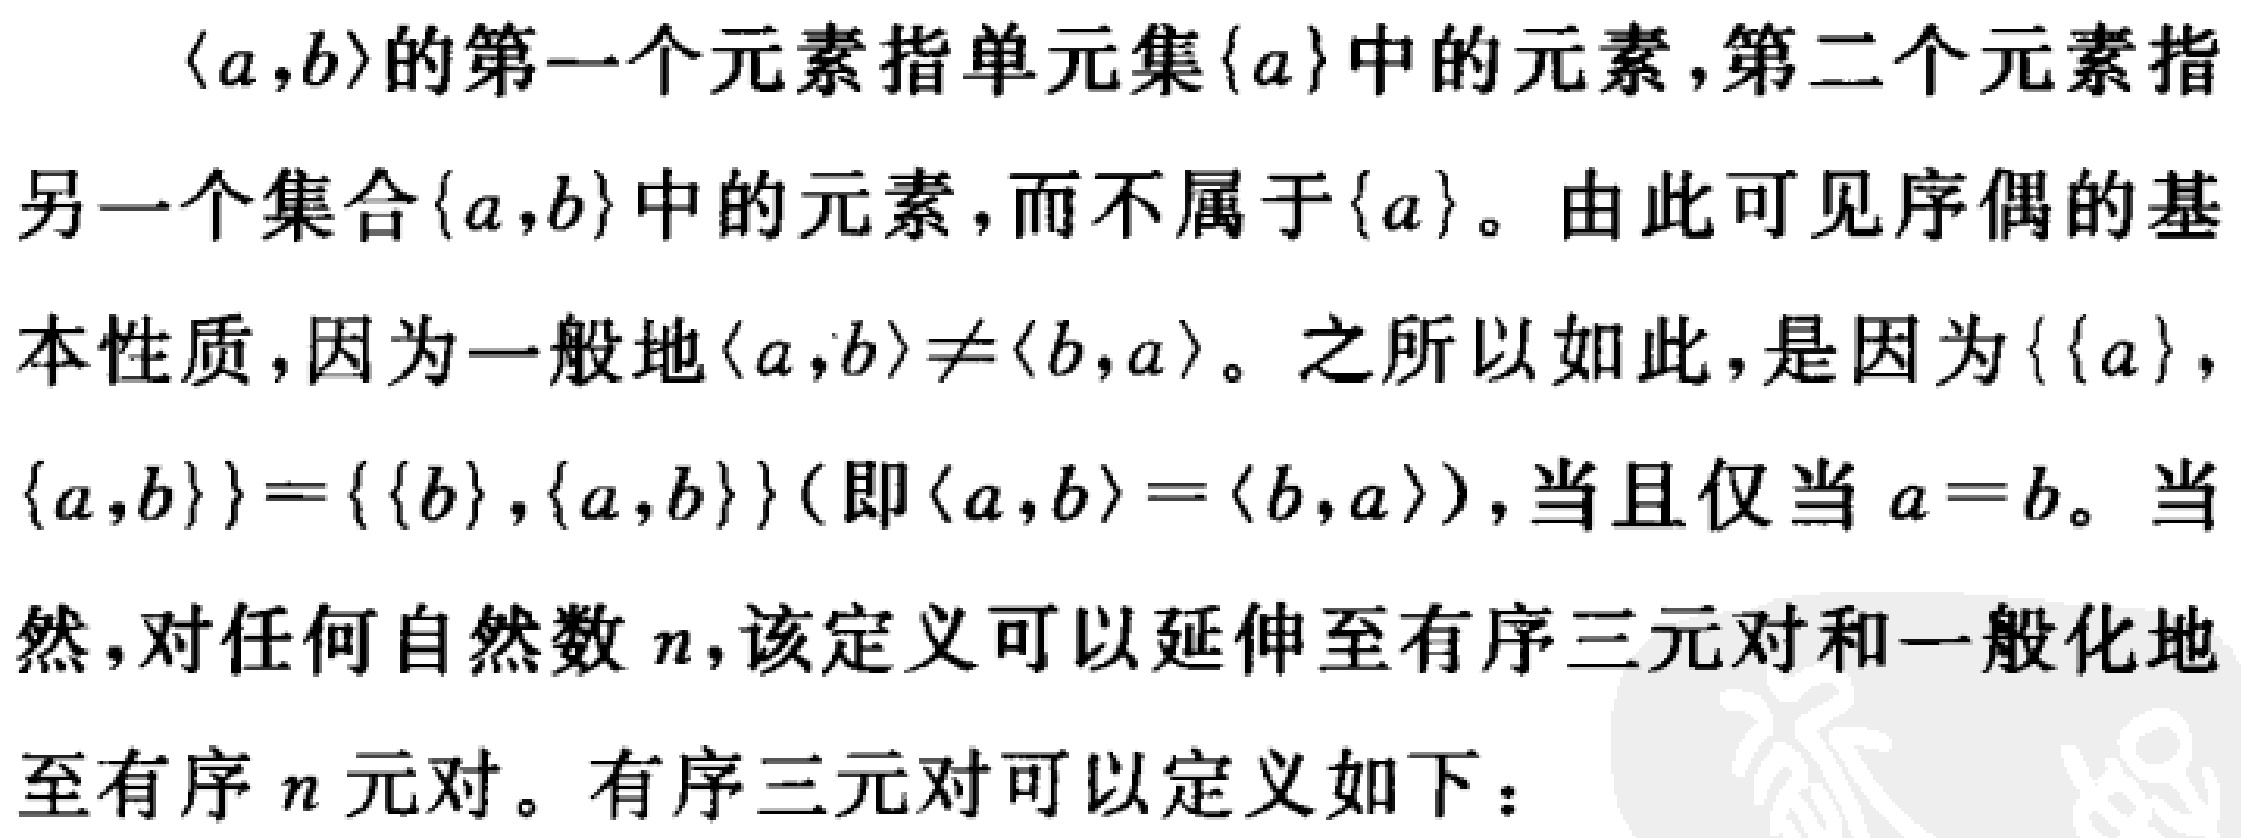
$\langle a,b\rangle$的第一个元素指单元集$\{a\}$中的元素，第二个元素指

另一个集合$\{a,b\}$中的元素，而不属于$\{a\}$。由此可见序偶的基

本性质，因为一般地$\langle a,b\rangle\neq\langle b,a\rangle$。之所以如此，是因为$\{\{a\},

\{a,b\}\}=\{\{b\},\{a,b\}\}$（即$\langle a,b\rangle=\langle b,a\rangle$），当且仅当$a = b$。当

然，对任何自然数$n$，该定义可以延伸至有序三元对和一般化地

至有序$n$元对。有序三元对可以定义如下：